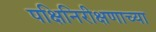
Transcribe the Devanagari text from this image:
पक्षिनिरीक्षणाच्या